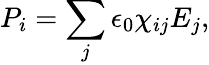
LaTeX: P_{i}=\sum_{j}\epsilon_{0}\chi_{ij}E_{j},